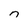
Character: n